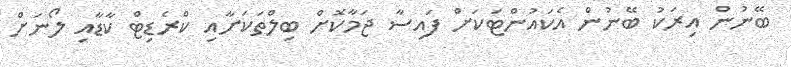
ބޭނުން އިރަކު ބޭނުން އެކައުންޓަކަށް ފައިސާ ޖަމާކޮށް ބިލްތަކަށާއި ކްރެޑިޓް ކާޑާއި ލޯނަށް